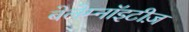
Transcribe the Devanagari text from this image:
बेलेम्नॉइटीज़